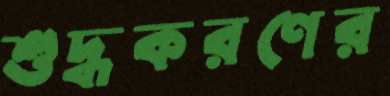
শুদ্ধকরণের